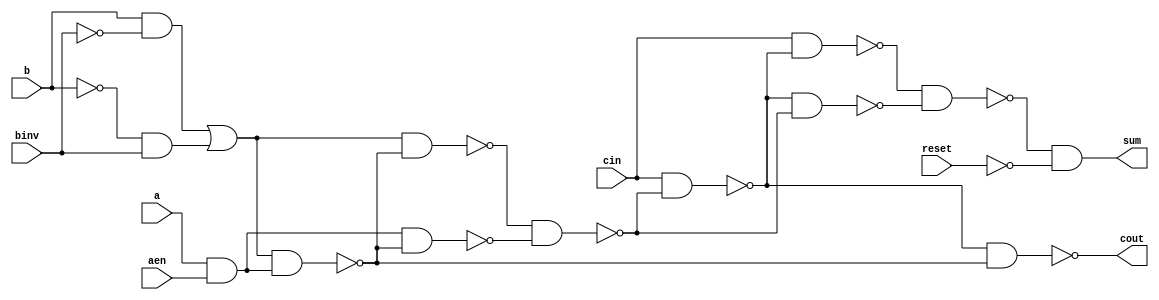
module alu1bit(
    input reset,
    input a,
    input b,
    input aen,
    input binv,
    input cin,
    output cout,
    output sum
    );

    wire x1,x2,x3,x4,x5,x6,x7,x8,x9,x10;

    assign x1 = (b & !binv) | (!b & binv);
    assign x2 = (a & aen);
    assign x3 = !(x1 & x2);
    assign x4 = !(x1 & x3);
    assign x5 = !(x2 & x3);
    assign x6 = !(x4 & x5);
    assign x7 = !(cin & x6);
    assign x8 = !(cin & x7);
    assign x9 = !(x7 & x6);
    assign x10 = !(x8 & x9);
    assign cout = !(x7 & x3);
    assign sum = (x10 & !reset); 
endmodule